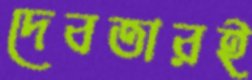
দেবতারই